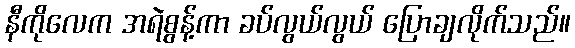
နီကိုလေက အရဲစွန့်ကာ ခပ်လွယ်လွယ် ပြောချလိုက်သည်။